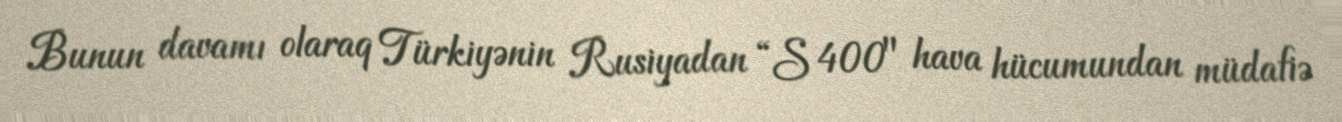
Bunun davamı olaraq Türkiyənin Rusiyadan “S 400" hava hücumundan müdafiə